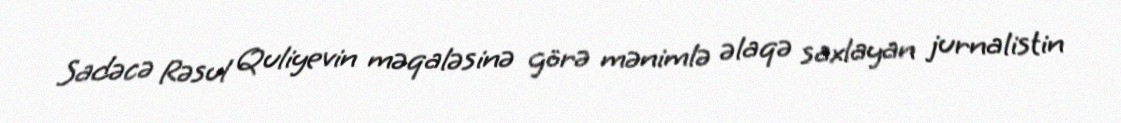
Sadəcə Rəsul Quliyevin məqaləsinə görə mənimlə əlaqə saxlayan jurnalistin